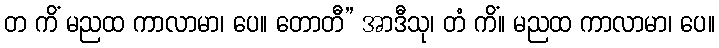
တ ကိံ မညထ ကာလာမာ၊ ပေ။ တောတီ” အာဒီသု၊ တံ ကိံ။ မညထ ကာလာမာ၊ ပေ။